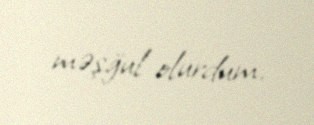
məşğul olurdum.